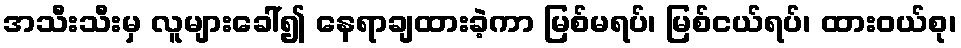
အသီးသီးမှ လူများခေါ်၍ နေရာချထားခဲ့ကာ မြစ်မရပ်၊ မြစ်ငယ်ရပ်၊ ထားဝယ်စု၊